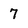
Character: 7